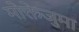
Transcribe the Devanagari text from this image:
मोक्तेजुमा